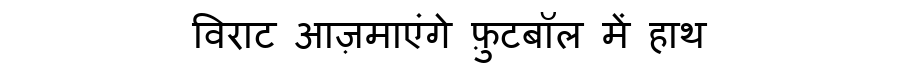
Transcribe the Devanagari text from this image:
विराट आज़माएंगे फ़ुटबॉल में हाथ